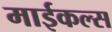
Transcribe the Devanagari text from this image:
माईकल्स